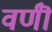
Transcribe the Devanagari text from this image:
वर्णॊं